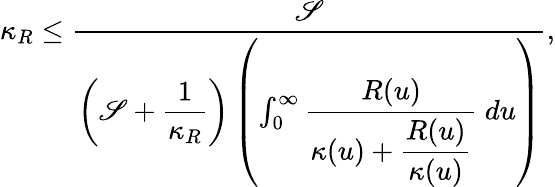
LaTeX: \kappa_{R}\leq\frac{\mathscr{S}}{\left(\mathscr{S}+\displaystyle\frac{1}{\kappa_{R}}\right)\left(\int_{0}^{\infty}\displaystyle\frac{R(u)}{\kappa(u)+\displaystyle\frac{R(u)}{\kappa(u)}}~du\right)},